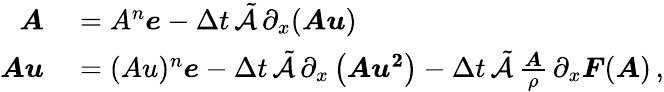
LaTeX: \begin{array}{rl}{\boldsymbol{A}}&{{}=A^{n}\boldsymbol{e}-\Delta t\, \tilde{\mathcal{A}}\, \partial_{x}(\boldsymbol{Au})}\\ {\boldsymbol{Au}}&{{}=(Au)^{n}\boldsymbol{e}-\Delta t\, \tilde{\mathcal{A}}\, \partial_{x}\left(\boldsymbol{Au^{2}}\right)-\Delta t\, \tilde{\mathcal{A}}\, \frac{\boldsymbol{A}}{\rho}\, \partial_{x}\boldsymbol{F}(\boldsymbol{A})\, ,}\end{array}